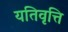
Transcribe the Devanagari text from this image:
यतिवृत्ति